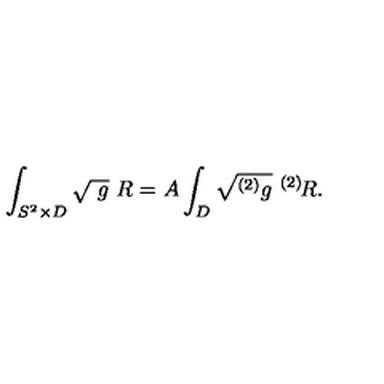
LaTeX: \int _ { S ^ { 2 } \times D } \sqrt { \ g } \ R = A \int _ { D } \sqrt { ^ { ( 2 ) } g } \ ^ { ( 2 ) } \! R .